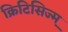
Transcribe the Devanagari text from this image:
क्रिटिसिज्म़